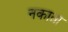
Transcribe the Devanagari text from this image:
नकाता